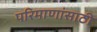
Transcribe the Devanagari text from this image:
परिमाणांसाठी